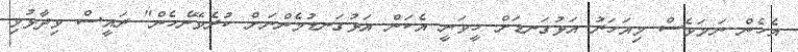
އެހެން ނަމަވެސް މިއަހަރު އަޅުގަނޑަށް ހީވަނީ އެކަން އަޅުގަނޑުމެންނަށް ކުރެވޭނެހެން" ރައީސް ވިދާޅުވި